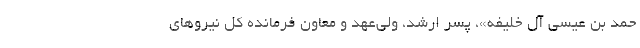
حمد بن عیسی آل خلیفه»، پسر ارشد، ولی‌عهد و معاون فرمانده کل نیروهای